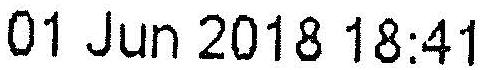
01 JUN 2018 18:41